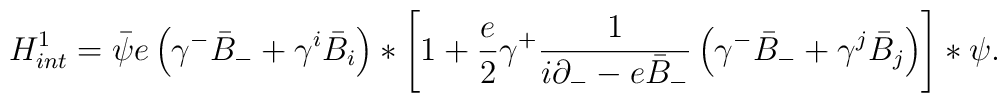
{H}_{int}^{1} =  \bar{\psi} e \left(\gamma^{-} \bar{B}_{-} +\gamma^{i} \bar{B}_{i}\right) \ast \left[1 + \frac{e}{2} \gamma^{+} \frac{1}{i\partial_{-} - e \bar{B}_{-}}  \left( \gamma^{-} \bar{B}_{-} + \gamma^{j}\bar{B}_{j}\right)\right]\ast \psi.